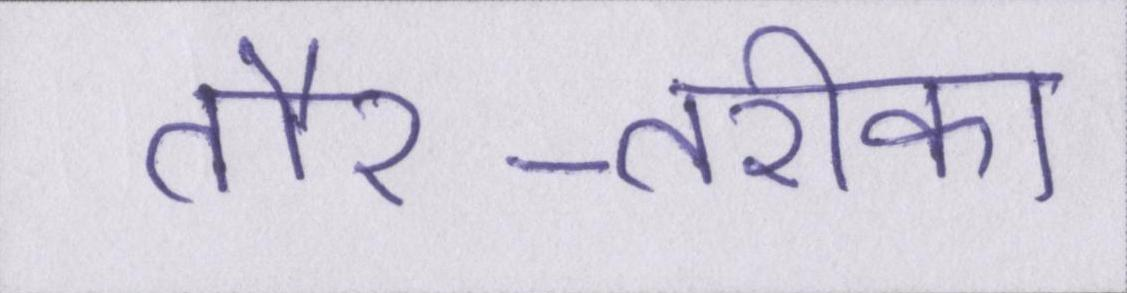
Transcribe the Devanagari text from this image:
तौर-तरीका